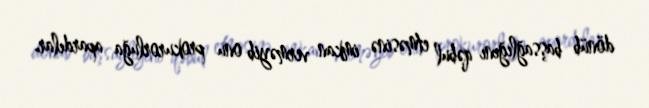
dönüb başsağlığını qəbul etməsinə imkan verməyib onu prokurorluğa apardılar.